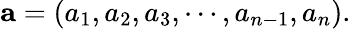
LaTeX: \mathbf{a}=(a_{1},a_{2},a_{3},\cdots,a_{n-1},a_{n}).